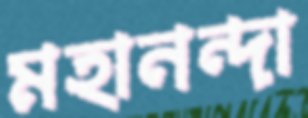
মহানন্দা